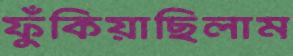
ফুঁকিয়াছিলাম